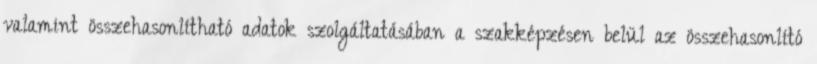
valamint összehasonlítható adatok szolgáltatásában a szakképzésen belül az összehasonlító